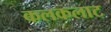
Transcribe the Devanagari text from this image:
कलकलाट